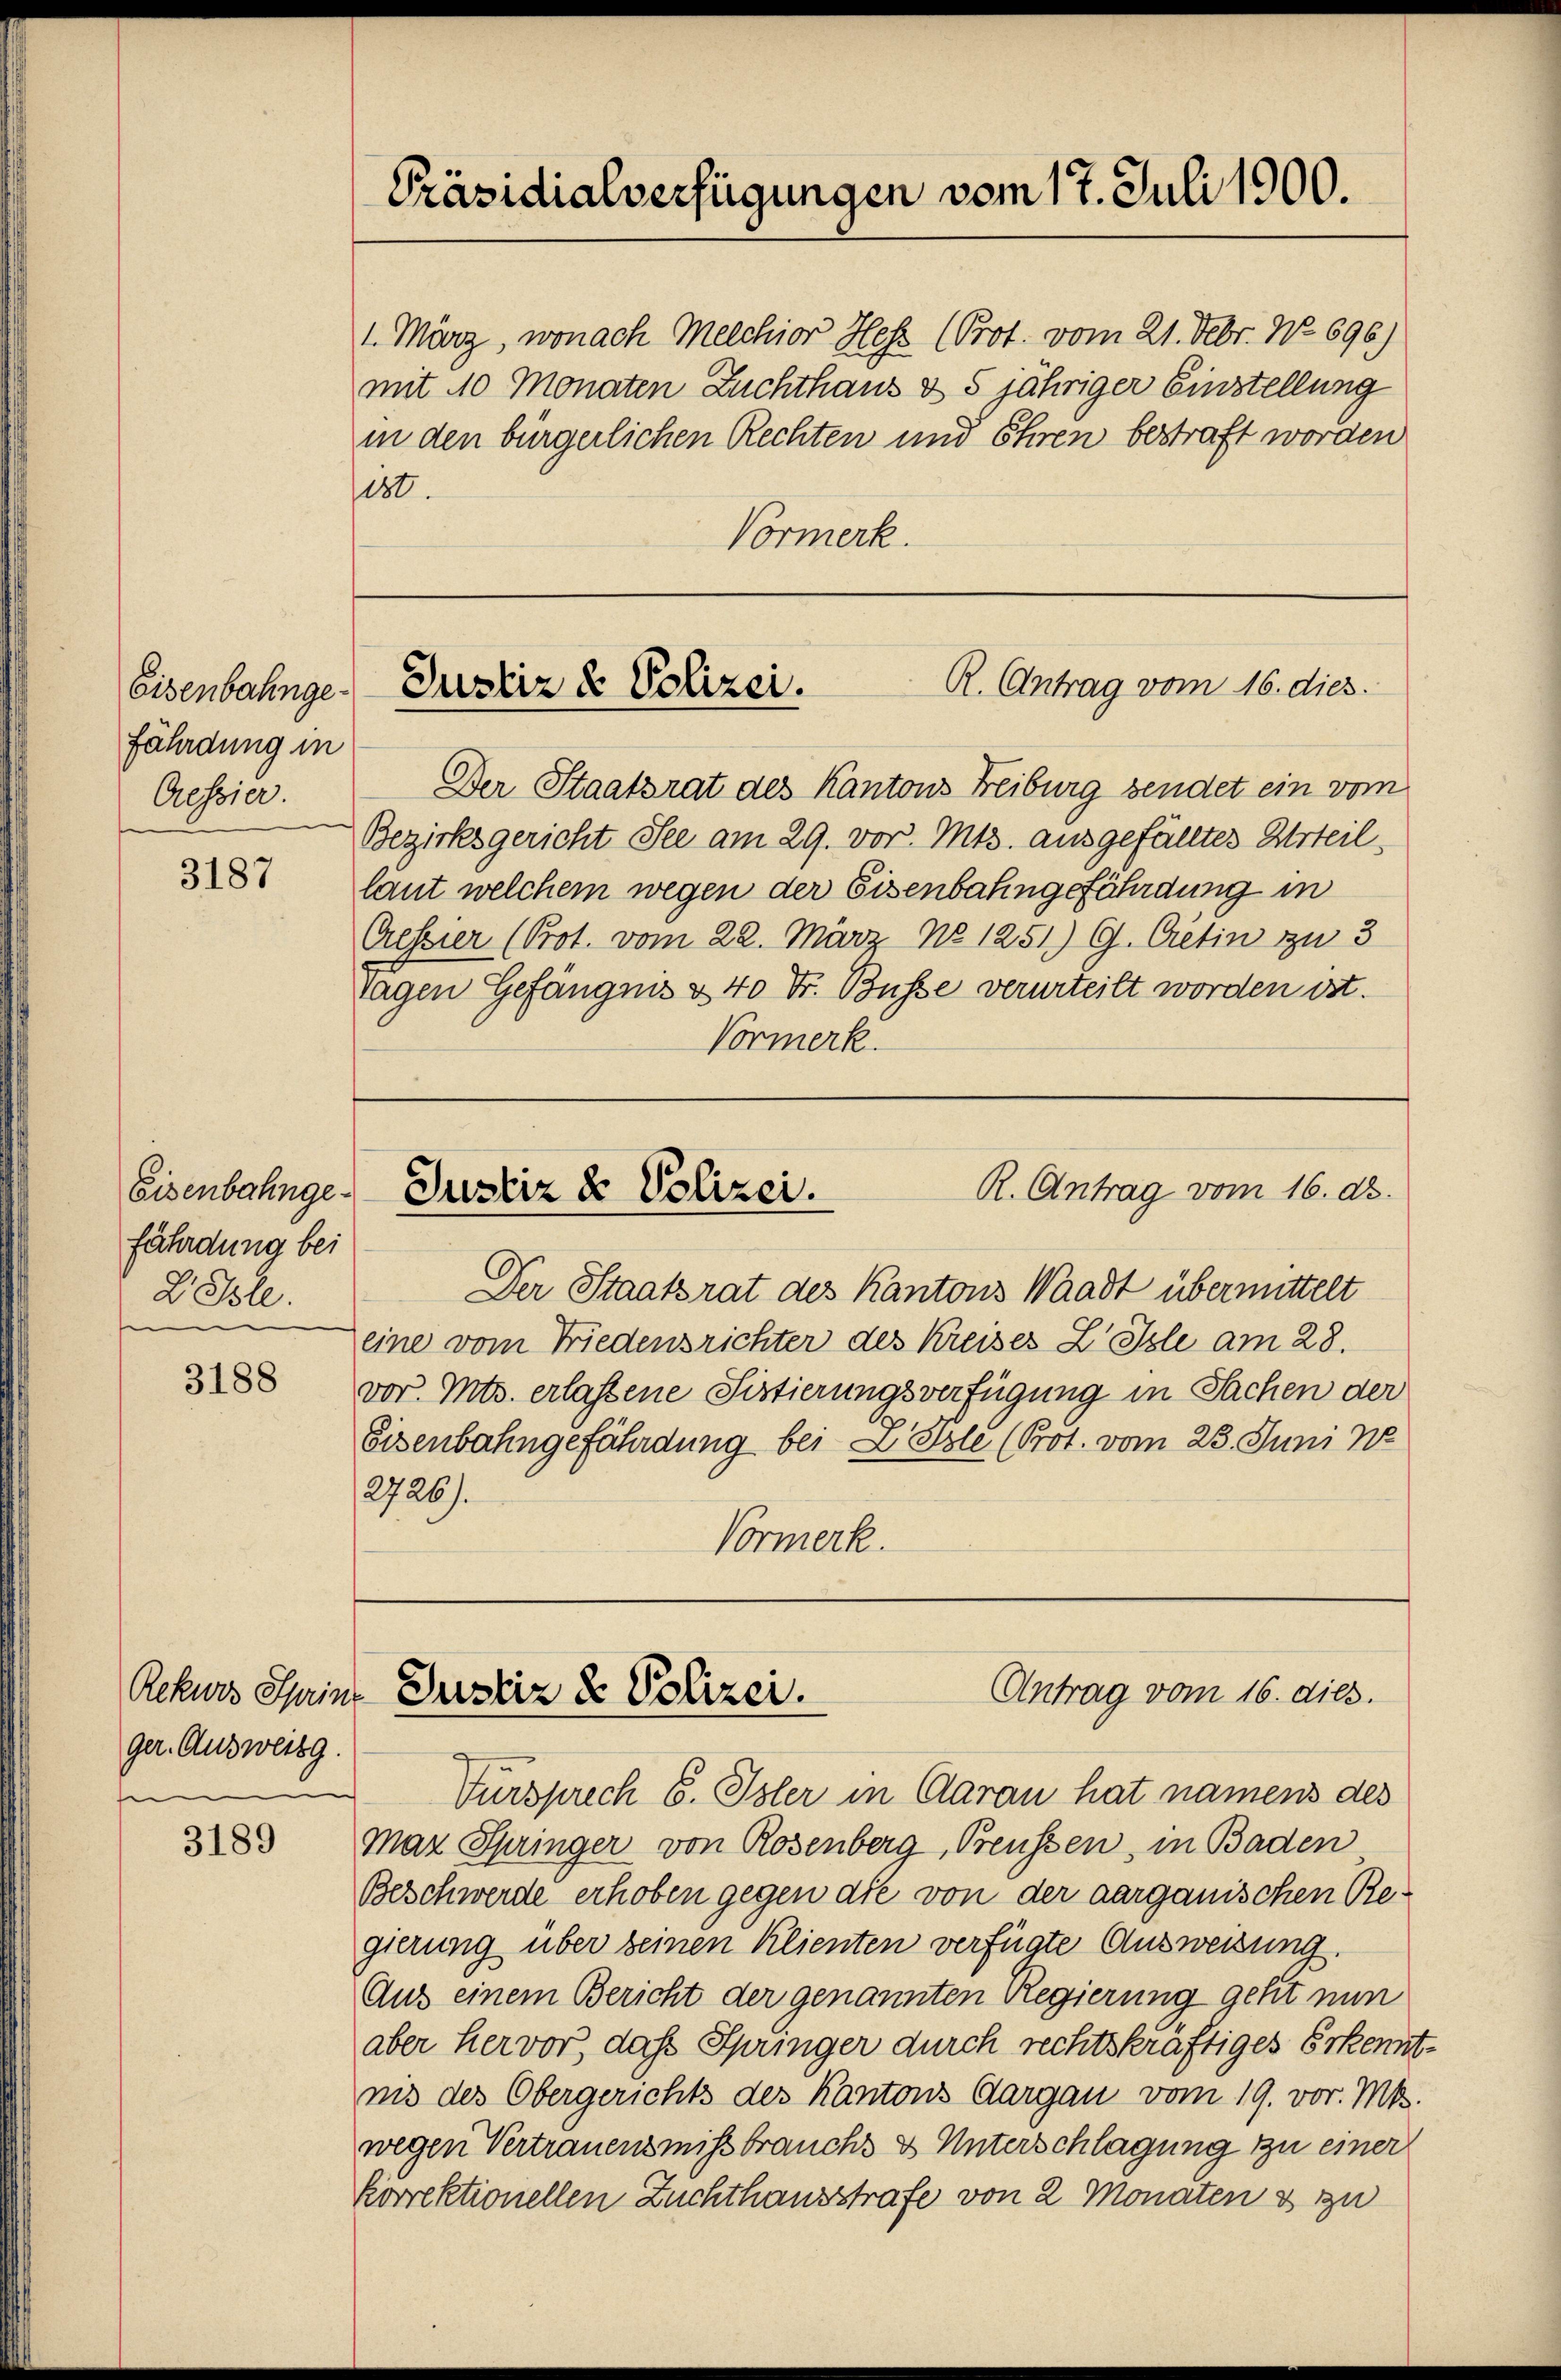
Eisenbahnge-
fährdung in
Cessier.

3187

Eisenbahngefährdung bei
2 Isle.

3188

ger. Ausweisg
n

3189

1. März, wonach Melchior Hess (Prot. vom 21. Febr. No 696)
mit 10 Monaten Zuchthaus & 5 jähriger Einstellung
in den bürgerlichen Rechten und Ehren bestraft worden
8t.
Vormerk.

Der Staatsrat des Kantons Freiburg sendet ein vom
Bezirksgericht See am 29. vor. Mts. ausgefälltes Urteil,
laut welchem wegen der Eisenbahngefährdung in
Cressier (Prot. vom 22. März No 1251) G. Cretin zu 3
tagen Gefängnis & 40 Fr. Busse verurteilt worden ist.
Vormerk.

Präsidialverfügungen vom 17. Juli 1900.

Der Staatsrat des Kantons Waadt übermittelt
eine vom Friedensrichter des Kreises Z Icle am 28.
vor. Mts. erlassene Sistierungsverfügung in Sachen der
Eisenbahngefährdung bei Z. Pole (Prot. vom 23. Juni no
2726).
Vormerk.

R. Antrag vom 16. dies
Justiz & Polizei.

R. Antrag vom 16. d.
Justiz & Polizei.

Antrag vom 16. dies.
Rekurs Sprinz Justiz & Polizei.

Tursprech S. Isler in Aarau hat namens des
Maz Springer von Rosenberg, Preussen, in Baden
Beschwerde erhoben gegen die von der aargauischen Regierung über seinen Klienten verfügte Ausweisung.
Aus einem Bericht der genannten Regierung geht nun
aber hervor, daß Springer durch rechtskräftiges Erkenntnis des Obergerichts des Kantons Aargau vom 19. vor. Mts.
wegen Vertrauensmissbrauchs & Unterschlagung zu einer
korrektionellen Zuchthausstrafe von 2 Monaten & zu